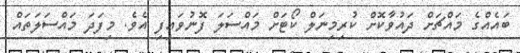
ބައެއްގެ މައްޗަށް ދައުވާކޮށް ކުރިމިނަލް ކޯޓަށް މައްސަލަ ފޮނުވައިފި އެވެ. މިފަދަ މައްސަލަތައް